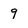
Character: 9